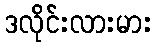
ဒလိုင်းလားမား